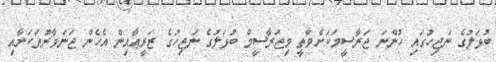
ބުޅަލުގެ ނަޖިހުގައި ހުންނަ ޖަރާސީމަކަށްވާތީ މިޖަރާސީމް ބުޅަލުގެ ނަޖިހުގެ ޒަރީޢާއިން އެހެން ޖަނަވާރުތަކަށާއި